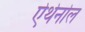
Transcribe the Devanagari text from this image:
ऐथेनोल